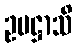
ဥပဋ္ဌာသိ